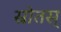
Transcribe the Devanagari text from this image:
स्रोतस्